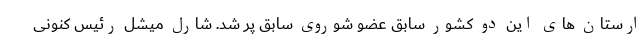
ارستان های این دو کشور سابق عضو شوروی سابق پر شد. شارل میشل رئیس کنونی